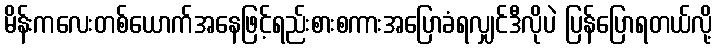
မိန်းကလေးတစ်ယောက်အနေဖြင့်ရည်းစားစကားအပြောခံရလျှင်ဒီလိုပဲ ပြန်ပြောရတယ်လို့